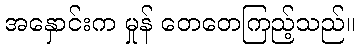
အနှောင်းက မှုန် တေတေကြည့်သည်။